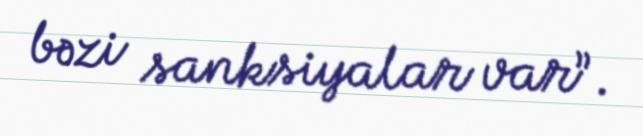
bəzi sanksiyalar var”.